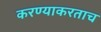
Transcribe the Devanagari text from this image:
करण्याकरताच